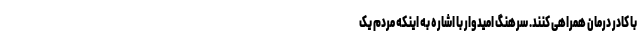
با کادر درمان همراهی کنند. سرهنگ امیدوار با اشاره به اینکه مردم یک